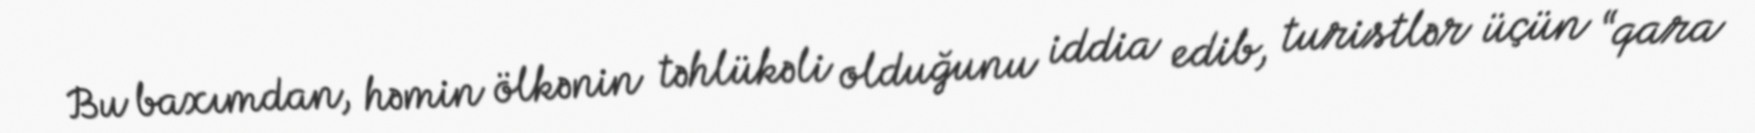
Bu baxımdan, həmin ölkənin təhlükəli olduğunu iddia edib, turistlər üçün “qara